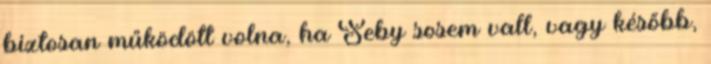
biztosan működött volna, ha Seby sosem vall, vagy később,